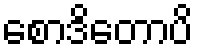
စောဒိတောပိ